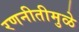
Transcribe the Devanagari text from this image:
रणनीतीमुळे